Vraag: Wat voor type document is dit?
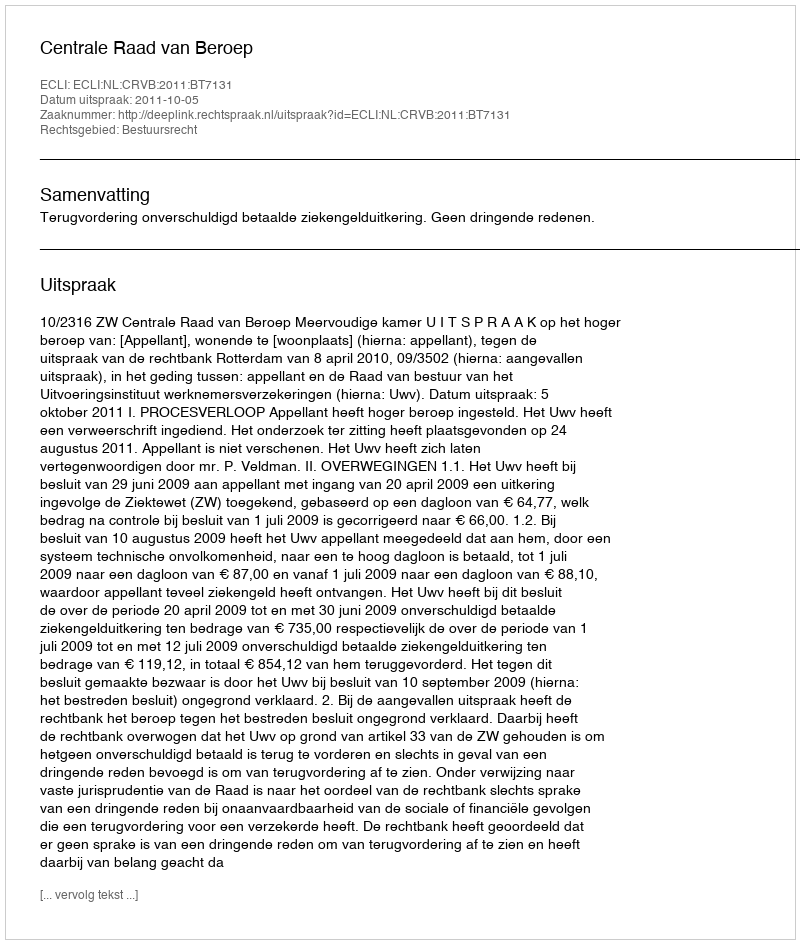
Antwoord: Uitspraak